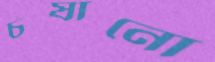
চষানো